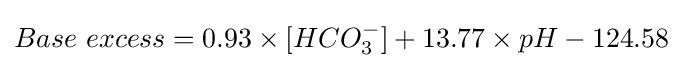
Base~excess=0.93\times [HCO_{3}^{-}]+13.77\times pH-124.58